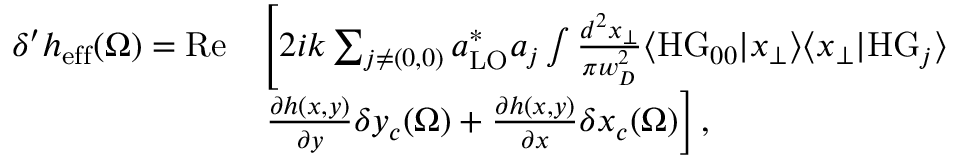
\begin{array} { r l } { \delta ^ { \prime } h _ { \mathrm { e f f } } ( \Omega ) = \mathrm { R e } } & { \left[ 2 i k \sum _ { j \neq ( 0 , 0 ) } a _ { \mathrm { L O } } ^ { * } a _ { j } \int \frac { d ^ { 2 } x _ { \perp } } { \pi w _ { D } ^ { 2 } } \langle \mathrm { H G } _ { 0 0 } | x _ { \perp } \rangle \langle x _ { \perp } | \mathrm { H G } _ { j } \rangle \right. } \\ & { \left. \frac { \partial h ( x , y ) } { \partial y } \delta y _ { c } ( \Omega ) + \frac { \partial h ( x , y ) } { \partial x } \delta x _ { c } ( \Omega ) \right] , } \end{array}